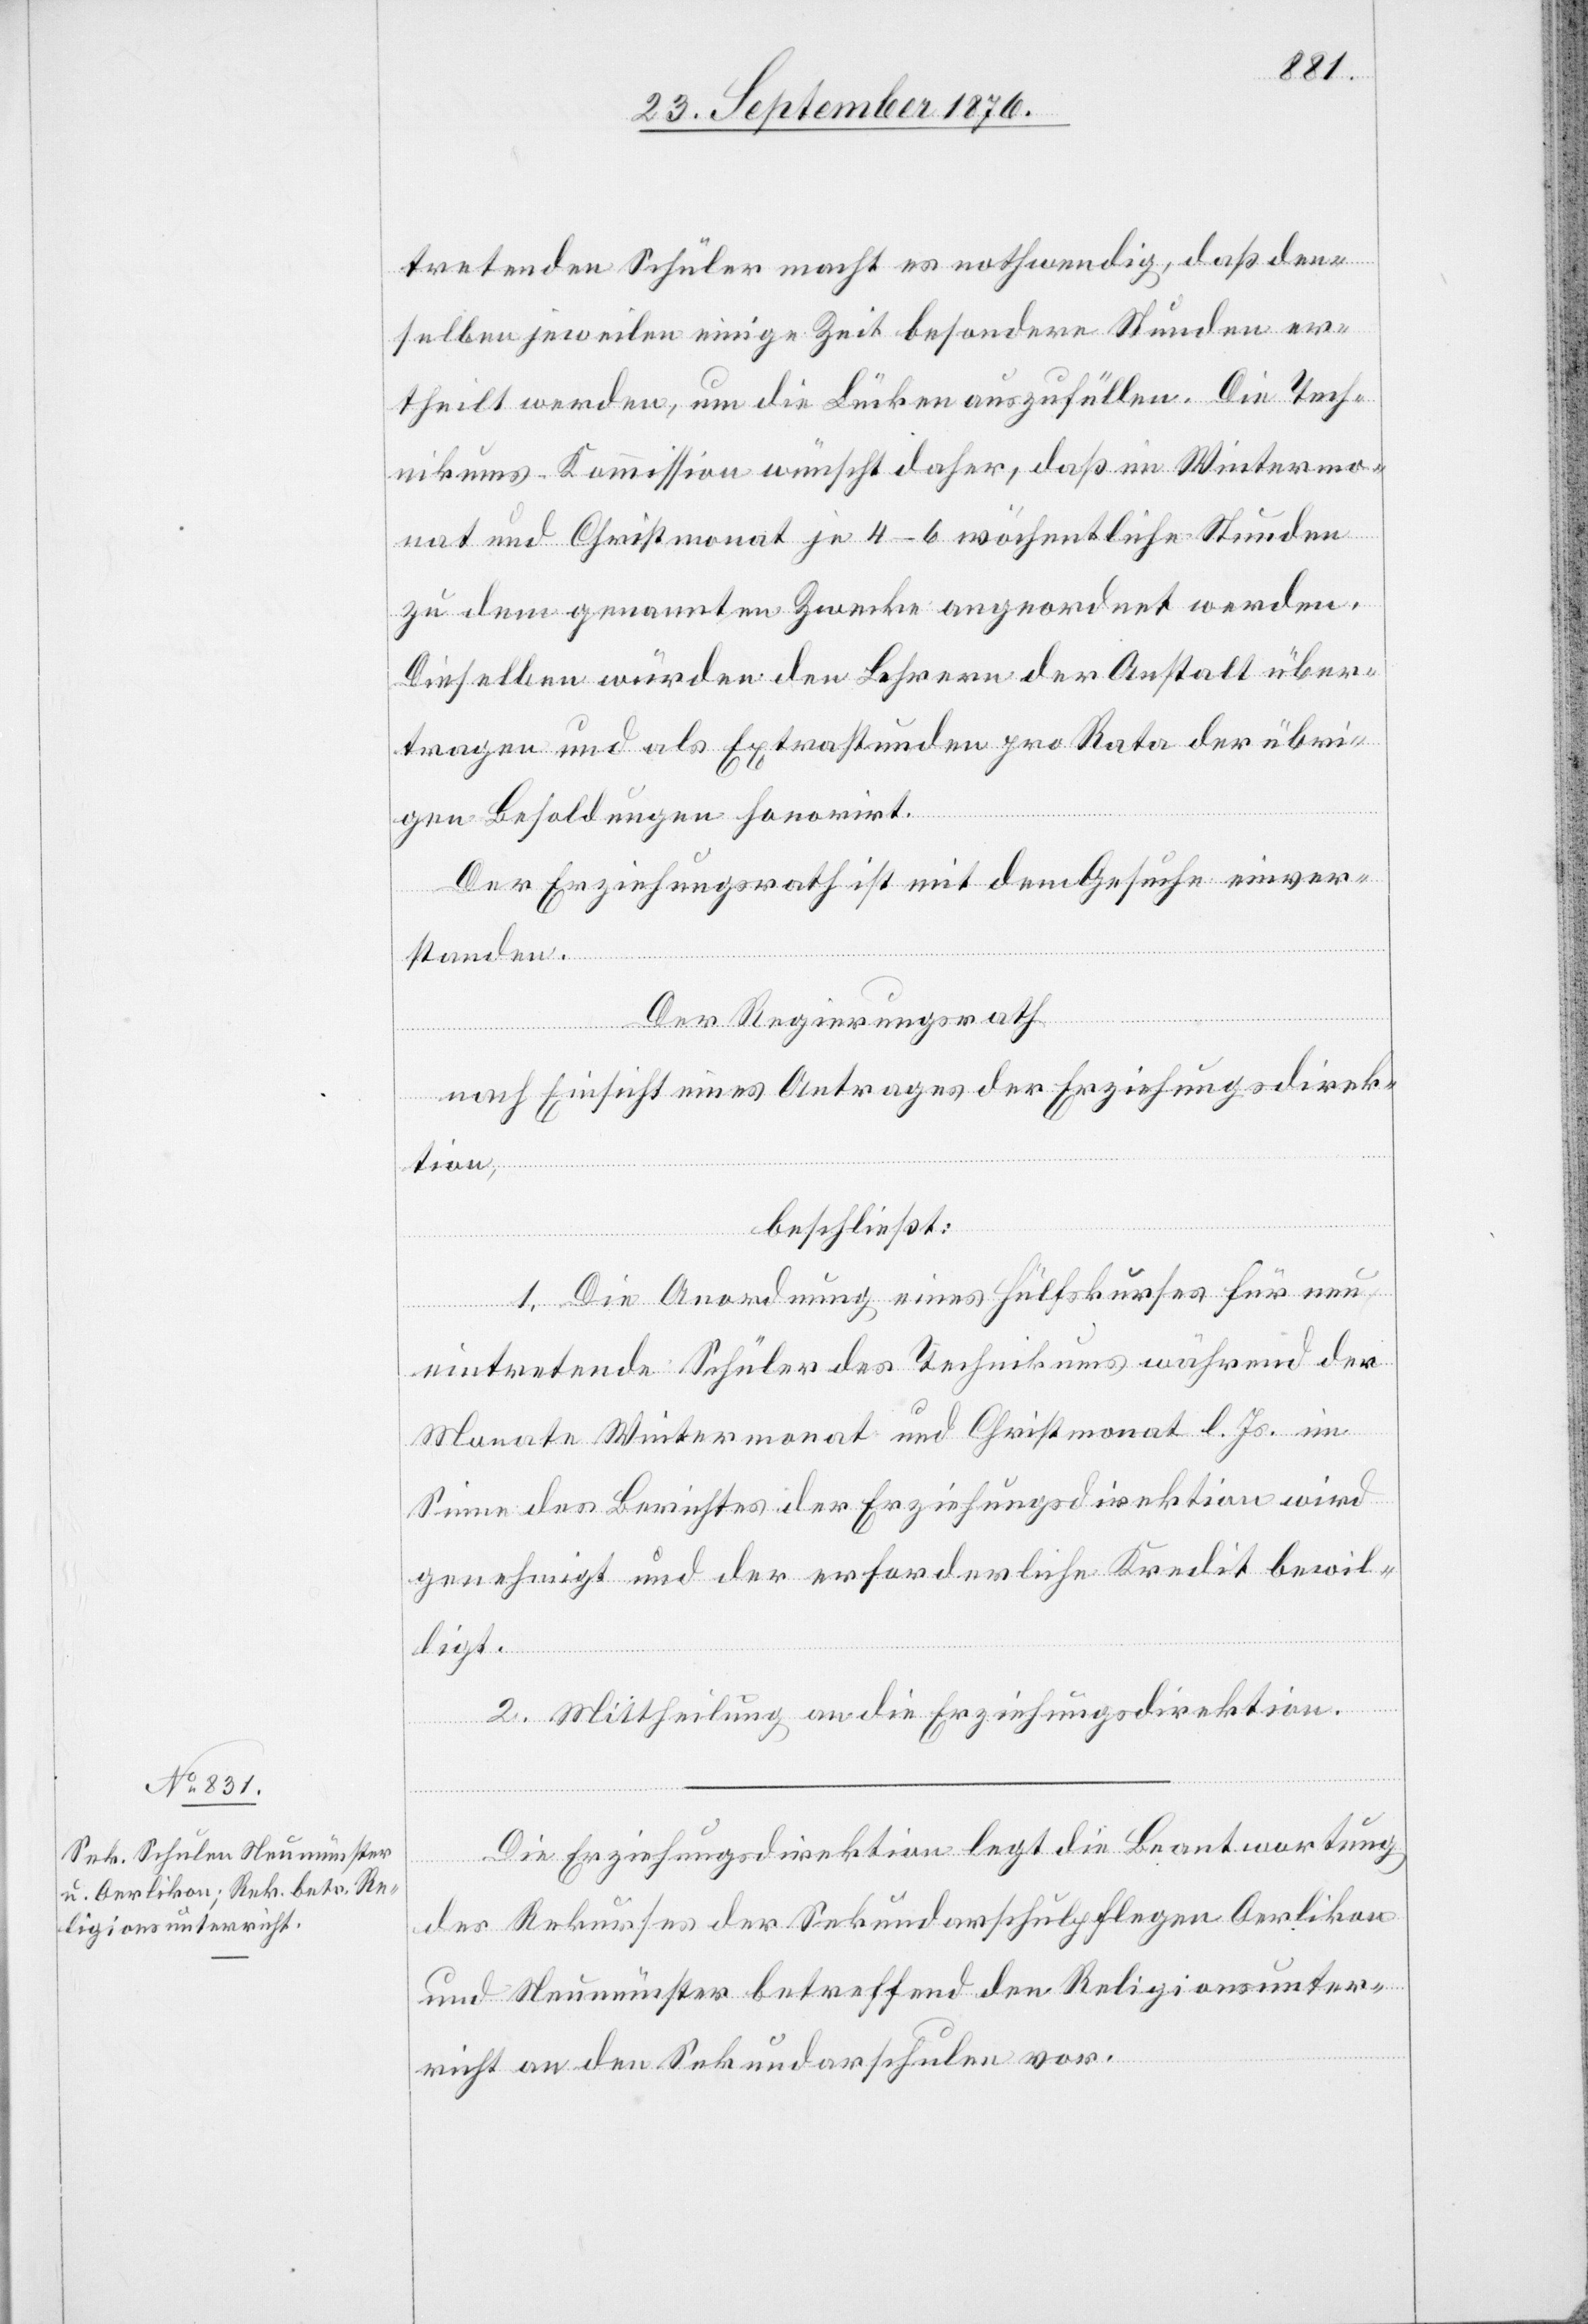
tretenden Schüler macht es nothwendig, daß den¬
selben jeweilen einige Zeit besondere Stunden er¬
theilt werden, um die Lücken auszufüllen. Die Tech¬
nikums-Kommission wünscht daher, daß im Wintermo¬
nat und Christmonat je 4–6 wöchentliche Stunden
zu dem genannten Zwecke angeordnet werden.
Dieselben würden den Lehrern der Anstalt über¬
tragen und als Extrastunden pro Rata der übri¬
gen Besoldungen honorirt.
Der Erziehungsrath ist mit dem Gesuche einver¬
standen.
Der Regierungsrath
nach Einsicht eines Antrages der Erziehungsdirek¬
tion,
beschließt:
1. Die Anordnung eines Hülfskurses für neu
eintretende Schüler des Technikums während der
Monate Wintermonat und Christmonat l. Js. im
Sinne des Berichtes der Erziehungsdirektion wird
genehmigt und der erforderliche Kredit bewil¬
ligt.
2. Mittheilung an die Erziehungsdirektion.
Die Erziehungsdirektion legt die Beantwortung
des Rekurses der Sekundarschulpflegen Oerlikon
und Neumünster bestreffend den Religionsunter¬
richt an den Sekundarschulen vor.